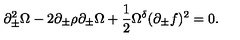
\partial _ { \pm } ^ { 2 } \Omega - 2 \partial _ { \pm } \rho \partial _ { \pm } \Omega + \frac { 1 } { 2 } \Omega ^ { \delta } ( \partial _ { \pm } f ) ^ { 2 } = 0 .